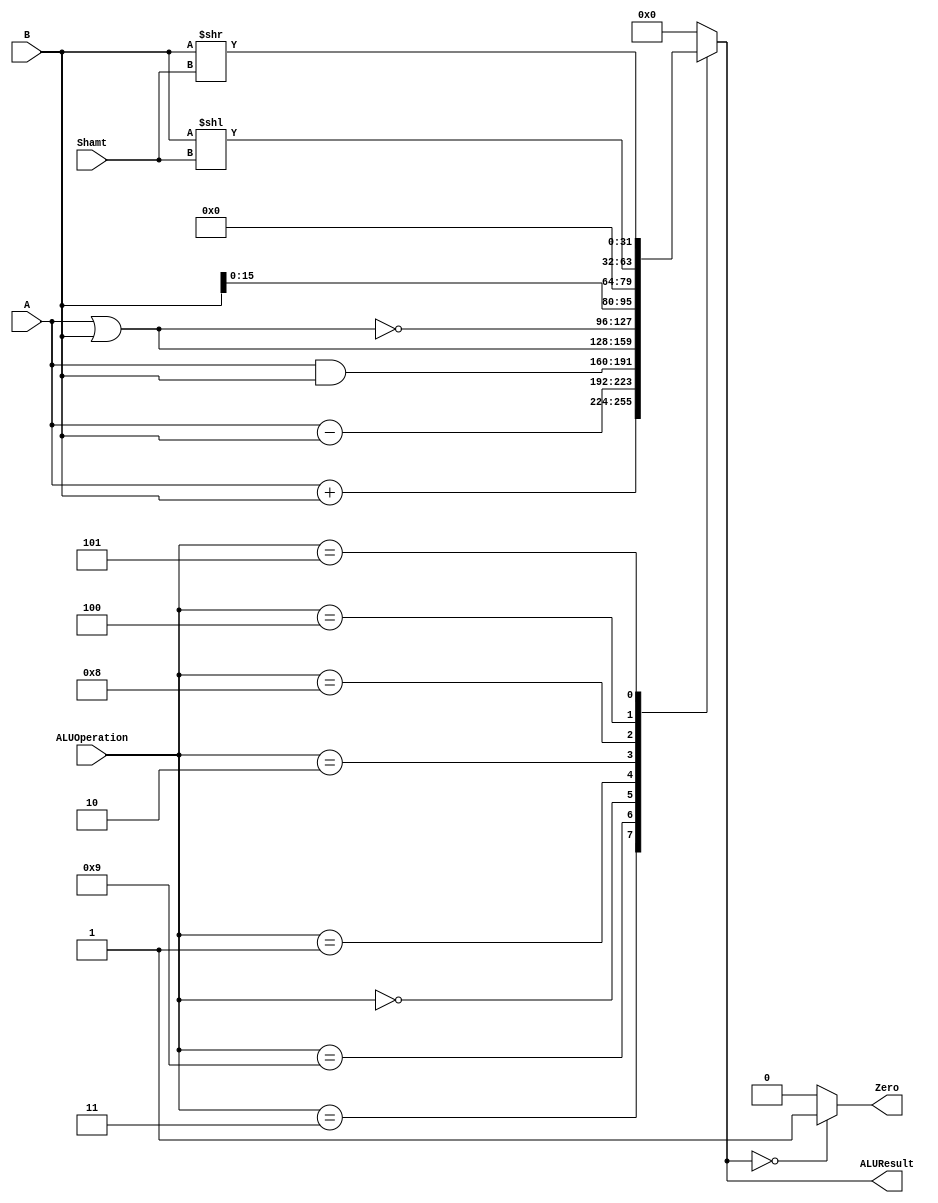
 /******************************************************************
* Description
*	This is an 32-bit arithetic logic unit that can execute the next set of operations:
*		add
*		sub
*		or
*		and
*		nor
* This ALU is written by using behavioral description.
* Version:
*	1.0
* Author:
*	Dr. Jos Luis Pizano Escalante
* email:
*	luispizano@iteso.mx
* Date:
*	01/03/2014
******************************************************************/

module ALU 
(
	input [3:0] ALUOperation,
	input [31:0] A,
	input [31:0] B,
	input [4:0] Shamt,
	output reg Zero,
	output reg [31:0]ALUResult
);


localparam AND  = 4'b0000;
localparam OR   = 4'b0001;
localparam NOR  = 4'b0010;
localparam ADD  = 4'b0011;
localparam SLL  = 4'b0100;
localparam SRL  = 4'b0101;
localparam ORI  = 4'b0111;
localparam LUI  = 4'b1000;
localparam SUB  = 4'b1001;
   
   always @ (A or B or ALUOperation)
     begin
		case (ALUOperation)
		  ADD: // add
			ALUResult=A + B;
		  SUB: // sub
			ALUResult=A - B;
		  AND: // and
			ALUResult=A & B;
		  OR: // or
			ALUResult=A | B;
		  NOR: // nor
			ALUResult=~(A | B);
		  LUI: // nor
			ALUResult={B[15:0], 16'b0};
		  SLL: // sll
			ALUResult=B<<Shamt;
		  SRL: // srl
			ALUResult=B>>Shamt;

		default:
			ALUResult= 0;
		endcase // case(control)
		Zero = (ALUResult==0) ? 1'b1 : 1'b0;
     end // always @ (A or B or control)
endmodule 
// alu//